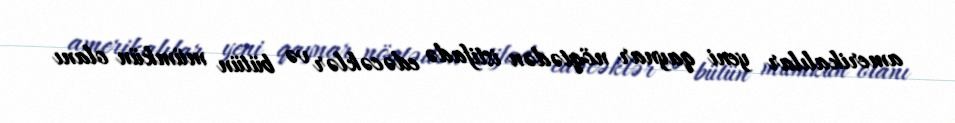
amerikalılar yeni qaynar nöqtədən istifadə edəcəklər və bütün mümkün olanı